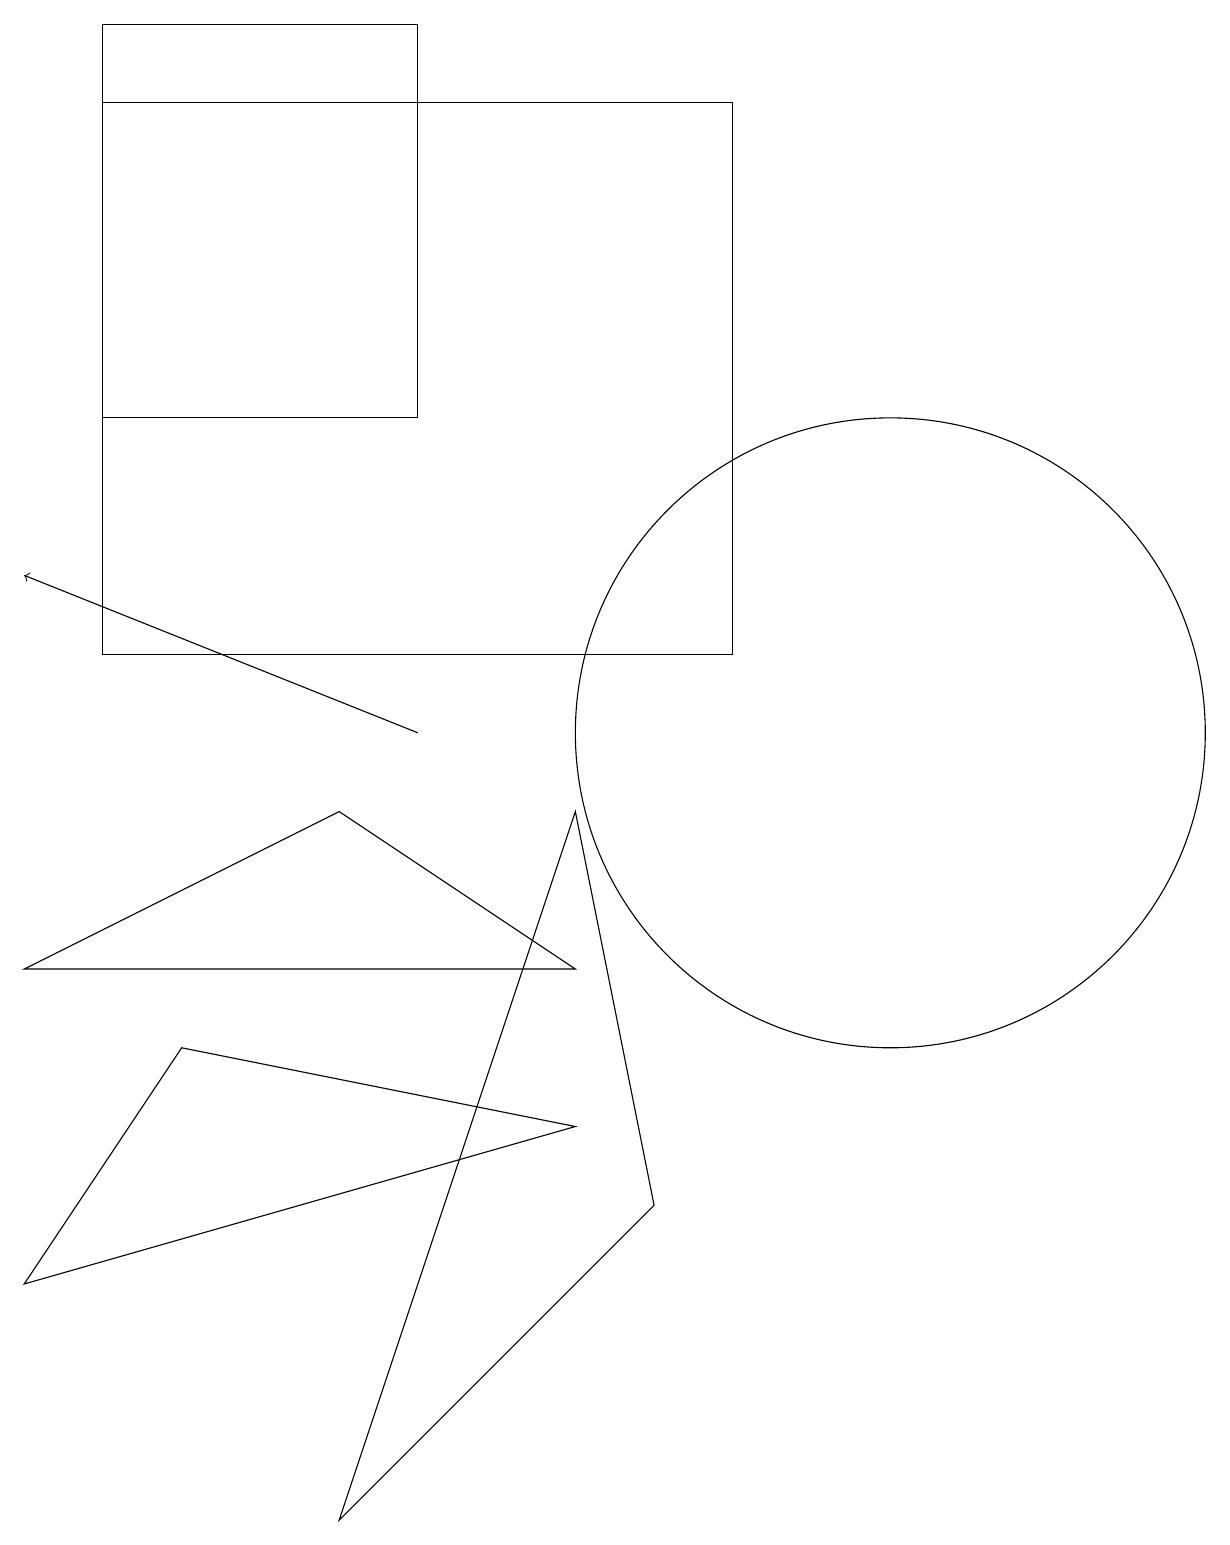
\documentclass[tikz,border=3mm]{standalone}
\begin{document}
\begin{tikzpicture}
\draw (11,10) circle (4);
\draw (1,18) rectangle (9,11);
\draw (8,4) -- (4,0) -- (7,9) -- cycle;
\draw[->] (5,10) -- (0,12);
\draw (7,5) -- (0,3) -- (2,6) -- cycle;
\draw (1,19) rectangle (5,14);
\draw (0,7) -- (4,9) -- (7,7) -- cycle;
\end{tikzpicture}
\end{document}